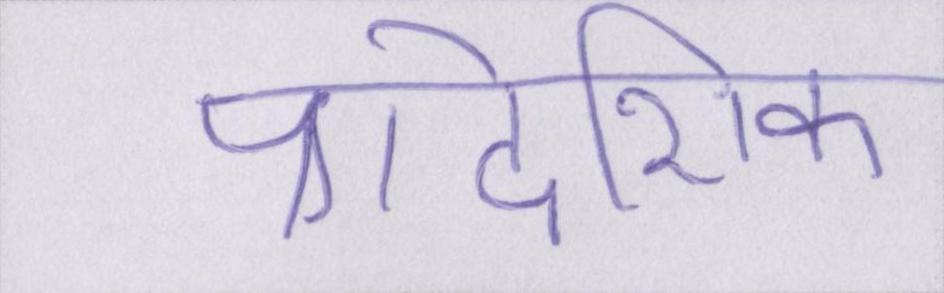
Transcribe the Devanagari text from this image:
प्रादेशिक